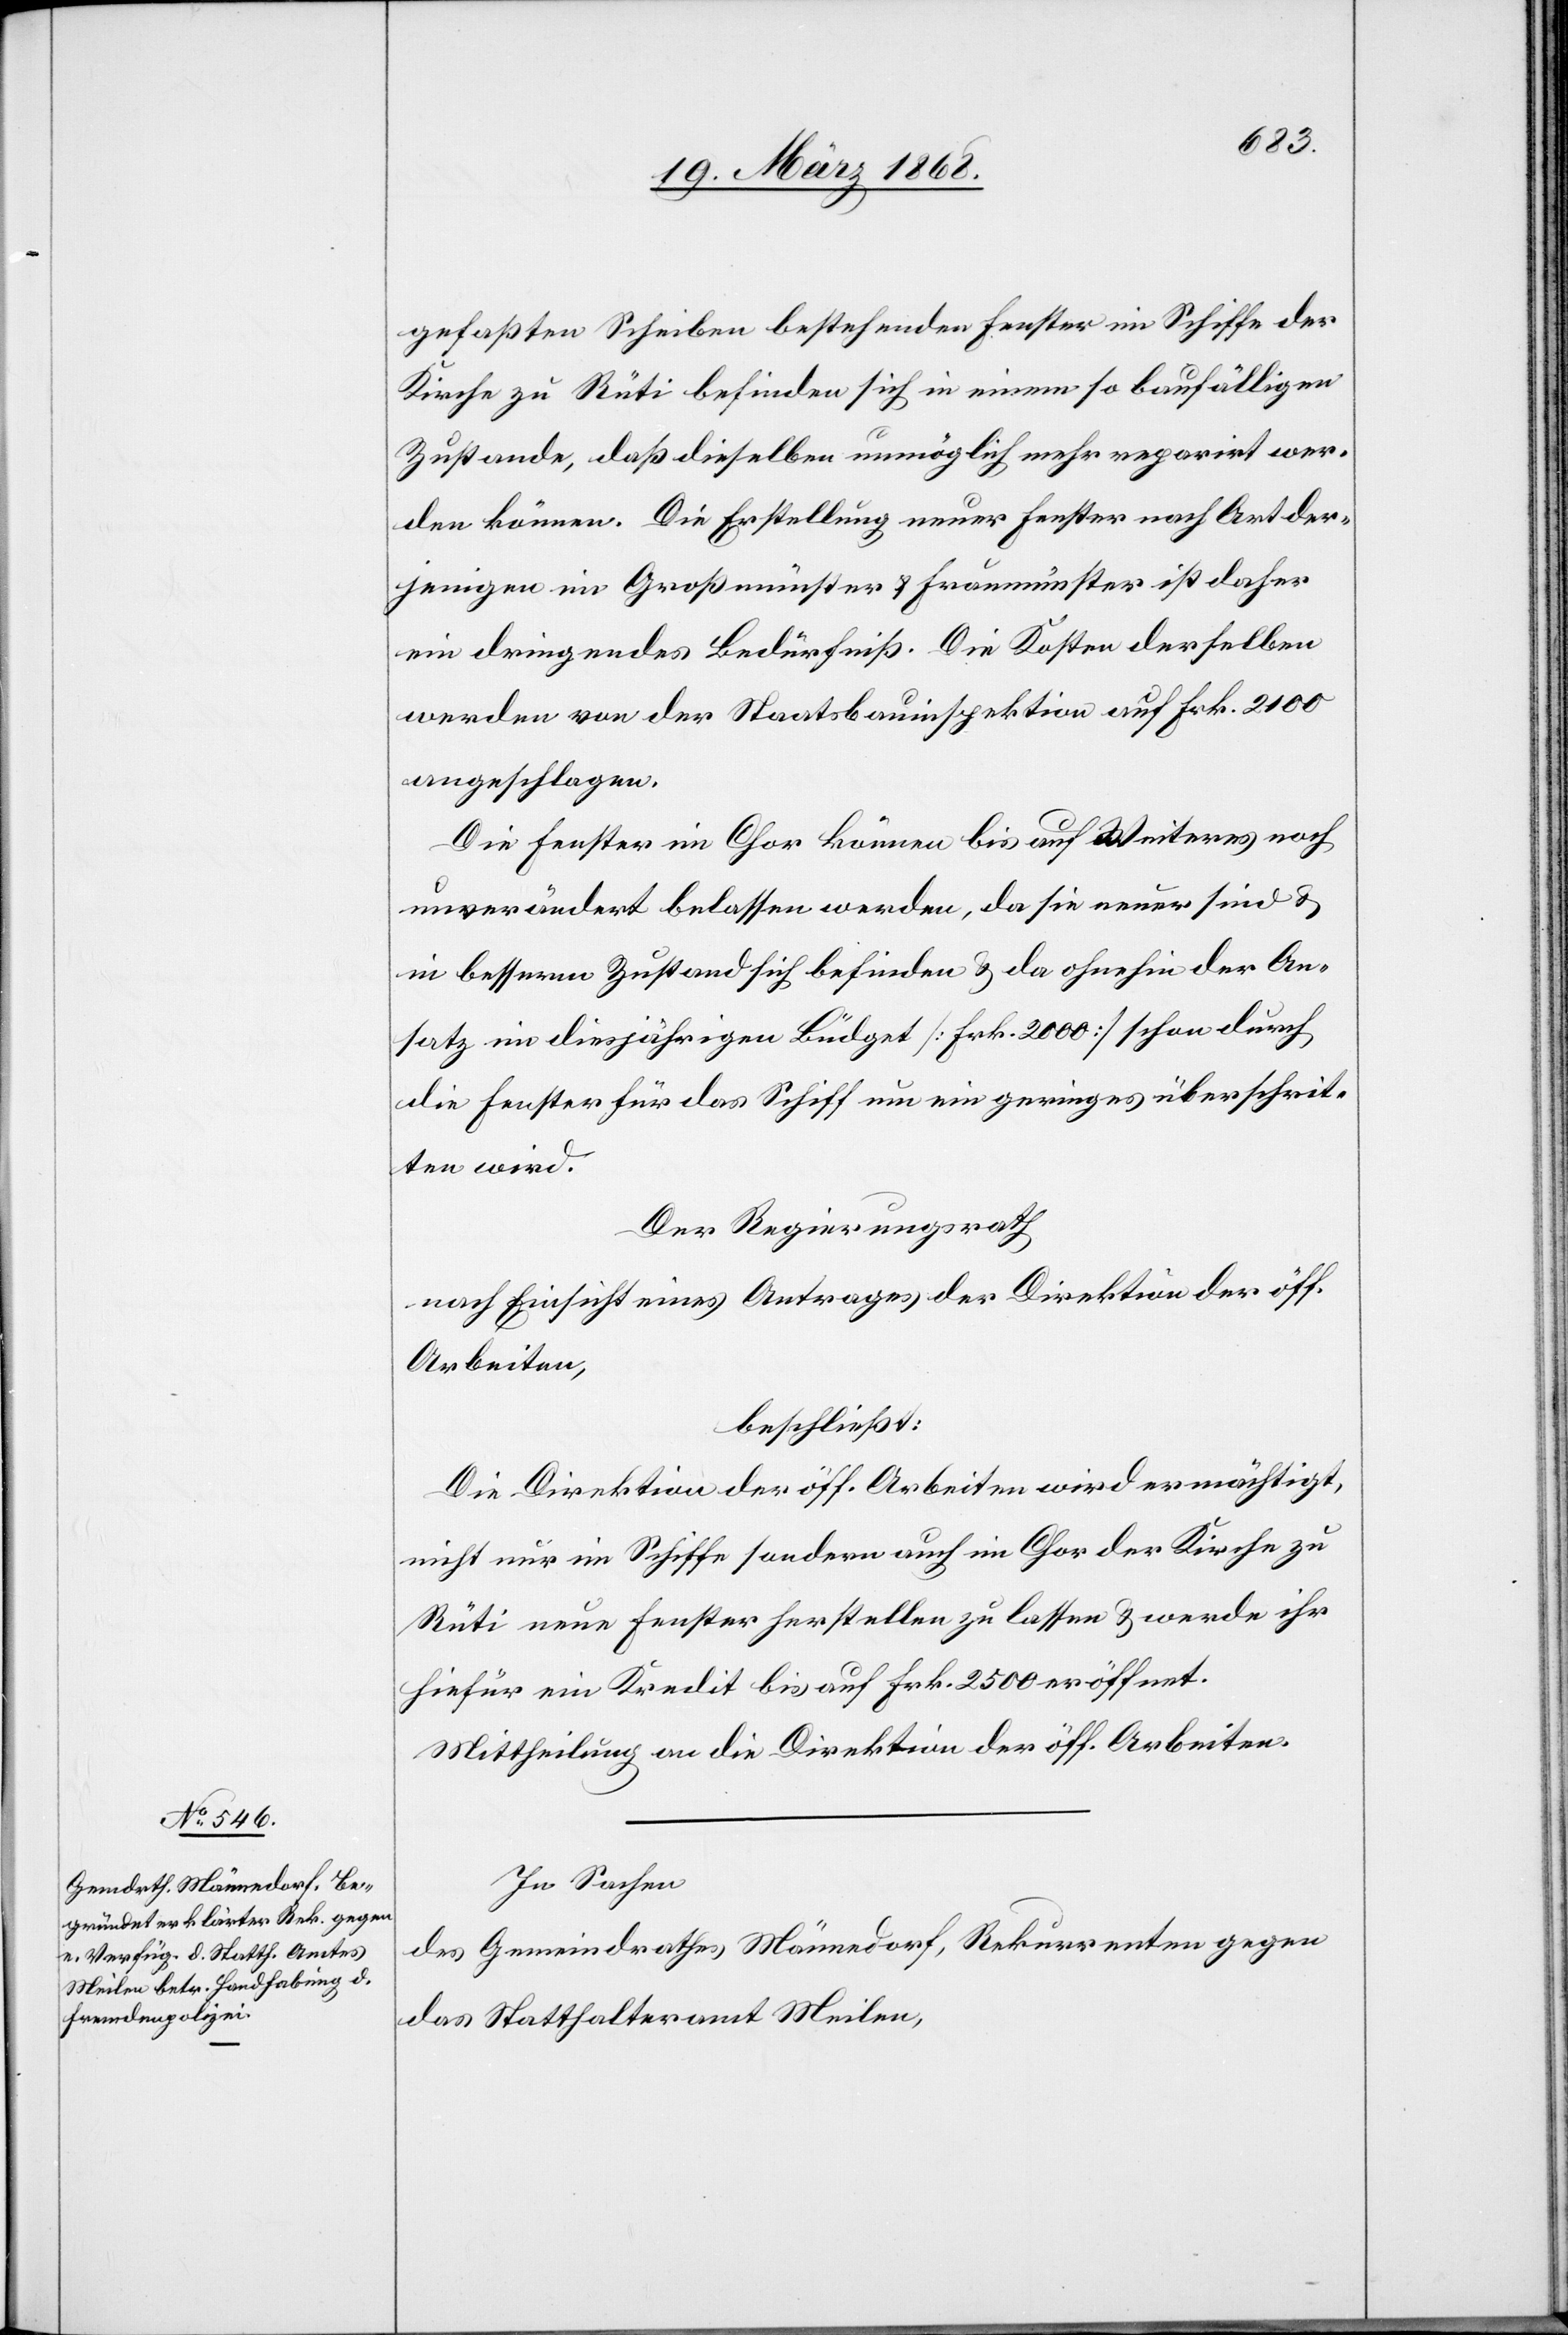
gefaßten Scheiben bestehenden Fenster im Schiffe der
Kirche zu Rüti befinden sich in einem so baufälligen
Zustande, daß dieselben unmöglich mehr reparirt wer¬
den können. Die Erstellung neuer Fenster nach Art der¬
jenigen im Großmünster & Fraumünster ist daher
ein dringendes Bedürfniß. Die Kosten derselben
werden von der Staatsbauinspektion auf Frk. 2100
angeschlagen.
Die Fenster im Chor können bis auf Weiteres noch
unverändert belassen werden, da sie neuer sind &
in besserm Zustand sich befinden & da ohnehin der An¬
satz im diesjährigen Büdget [Frk. 2000] schon durch
die Fenster für das Schiff um ein geringes überschrit¬
ten wird.
Der Regierungsrath
nach Einsicht eines Antrages der Direktion der öff.
Arbeiten,
beschließt:
Die Direktion der öff. Arbeiten wird ermächtigt,
nicht nur im Schiffe sondern auch im Chor der Kirche zu
Rüti neue Fenster herstellen zu lassen & werde ihr
hiefür ein Kredit bis auf Frk. 2500 eröffnet.
Mittheilung an die Direktion der öff. Arbeiten.
In Sachen
des Gemeindrathes Männedorf, Rekurrenten gegen
das Statthalteramt Meilen,